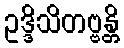
ဥဒ္ဒိသိတဗ္ဗန္တိ